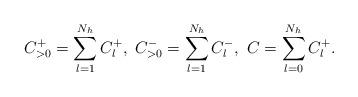
LaTeX: \begin{align*}C_{>0}^+=\sum_{l=1}^{N_h}C_l^+,\ C_{>0}^-=\sum_{l=1}^{N_h}C_l^-,\ C=\sum_{l=0}^{N_h}C_l^+.\end{align*}